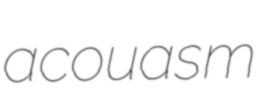
acouasm